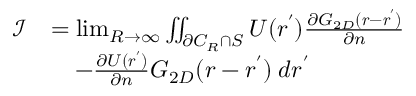
\begin{array} { r l } { \mathcal { I } } & { = \operatorname* { l i m } _ { R \to \infty } \iint _ { \partial C _ { R } \cap S } U ( \boldsymbol { r ^ { \prime } } ) \frac { \partial G _ { 2 D } ( \boldsymbol { r } - \boldsymbol { r ^ { \prime } } ) } { \partial n } } \\ & { \quad - \frac { \partial U ( \boldsymbol { r ^ { \prime } } ) } { \partial n } G _ { 2 D } ( \boldsymbol { r } - \boldsymbol { r ^ { \prime } } ) \; d \boldsymbol { r ^ { \prime } } } \end{array}